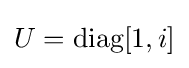
U={\rm {diag}}[1,i]